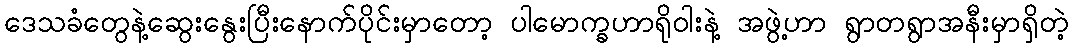
ဒေသခံတွေနဲ့ဆွေးနွေးပြီးနောက်ပိုင်းမှာတော့ ပါမောက္ခဟာရိုဝါးနဲ့ အဖွဲ့ဟာ ရွာတရွာအနီးမှာရှိတဲ့